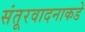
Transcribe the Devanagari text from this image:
संतूरवादनाकडे